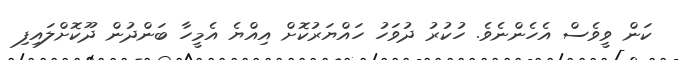
ކަން ވީވެސް އެހެންނެވެ. ހުކުރު ދުވަހު ހައްޔަރުކޮށް އިއްޔެ އެމީހާ ބަންދުން ދޫކޮށްލައިފި